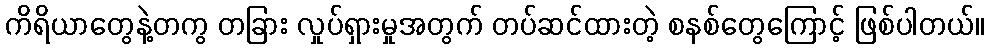
ကိရိယာတွေနဲ့တကွ တခြား လှုပ်ရှားမှုအတွက် တပ်ဆင်ထားတဲ့ စနစ်တွေကြောင့် ဖြစ်ပါတယ်။